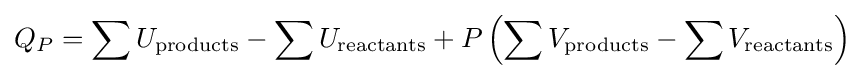
Q_{P}=\sum U_{\text{products}}-\sum U_{\text{reactants}}+P\left(\sum V_{\text{products}}-\sum V_{\text{reactants}}\right)